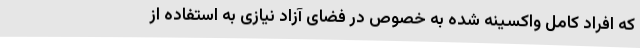
که افراد کامل واکسینه شده به خصوص در فضای آزاد نیازی به استفاده از